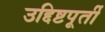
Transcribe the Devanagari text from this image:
उद्दिष्टपूर्ती